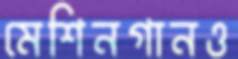
মেশিনগানও